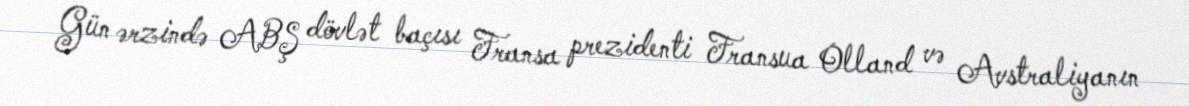
Gün ərzində ABŞ dövlət baçısı Fransa prezidenti Fransua Olland və Avstraliyanın